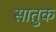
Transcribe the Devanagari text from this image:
सातुक